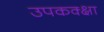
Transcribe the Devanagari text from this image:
उपकक्क्षा